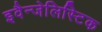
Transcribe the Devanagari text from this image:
इवैन्जेलिस्टिक